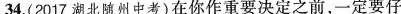
34.(2017湖北随州中考)在你作重要决定之前，一定要仔